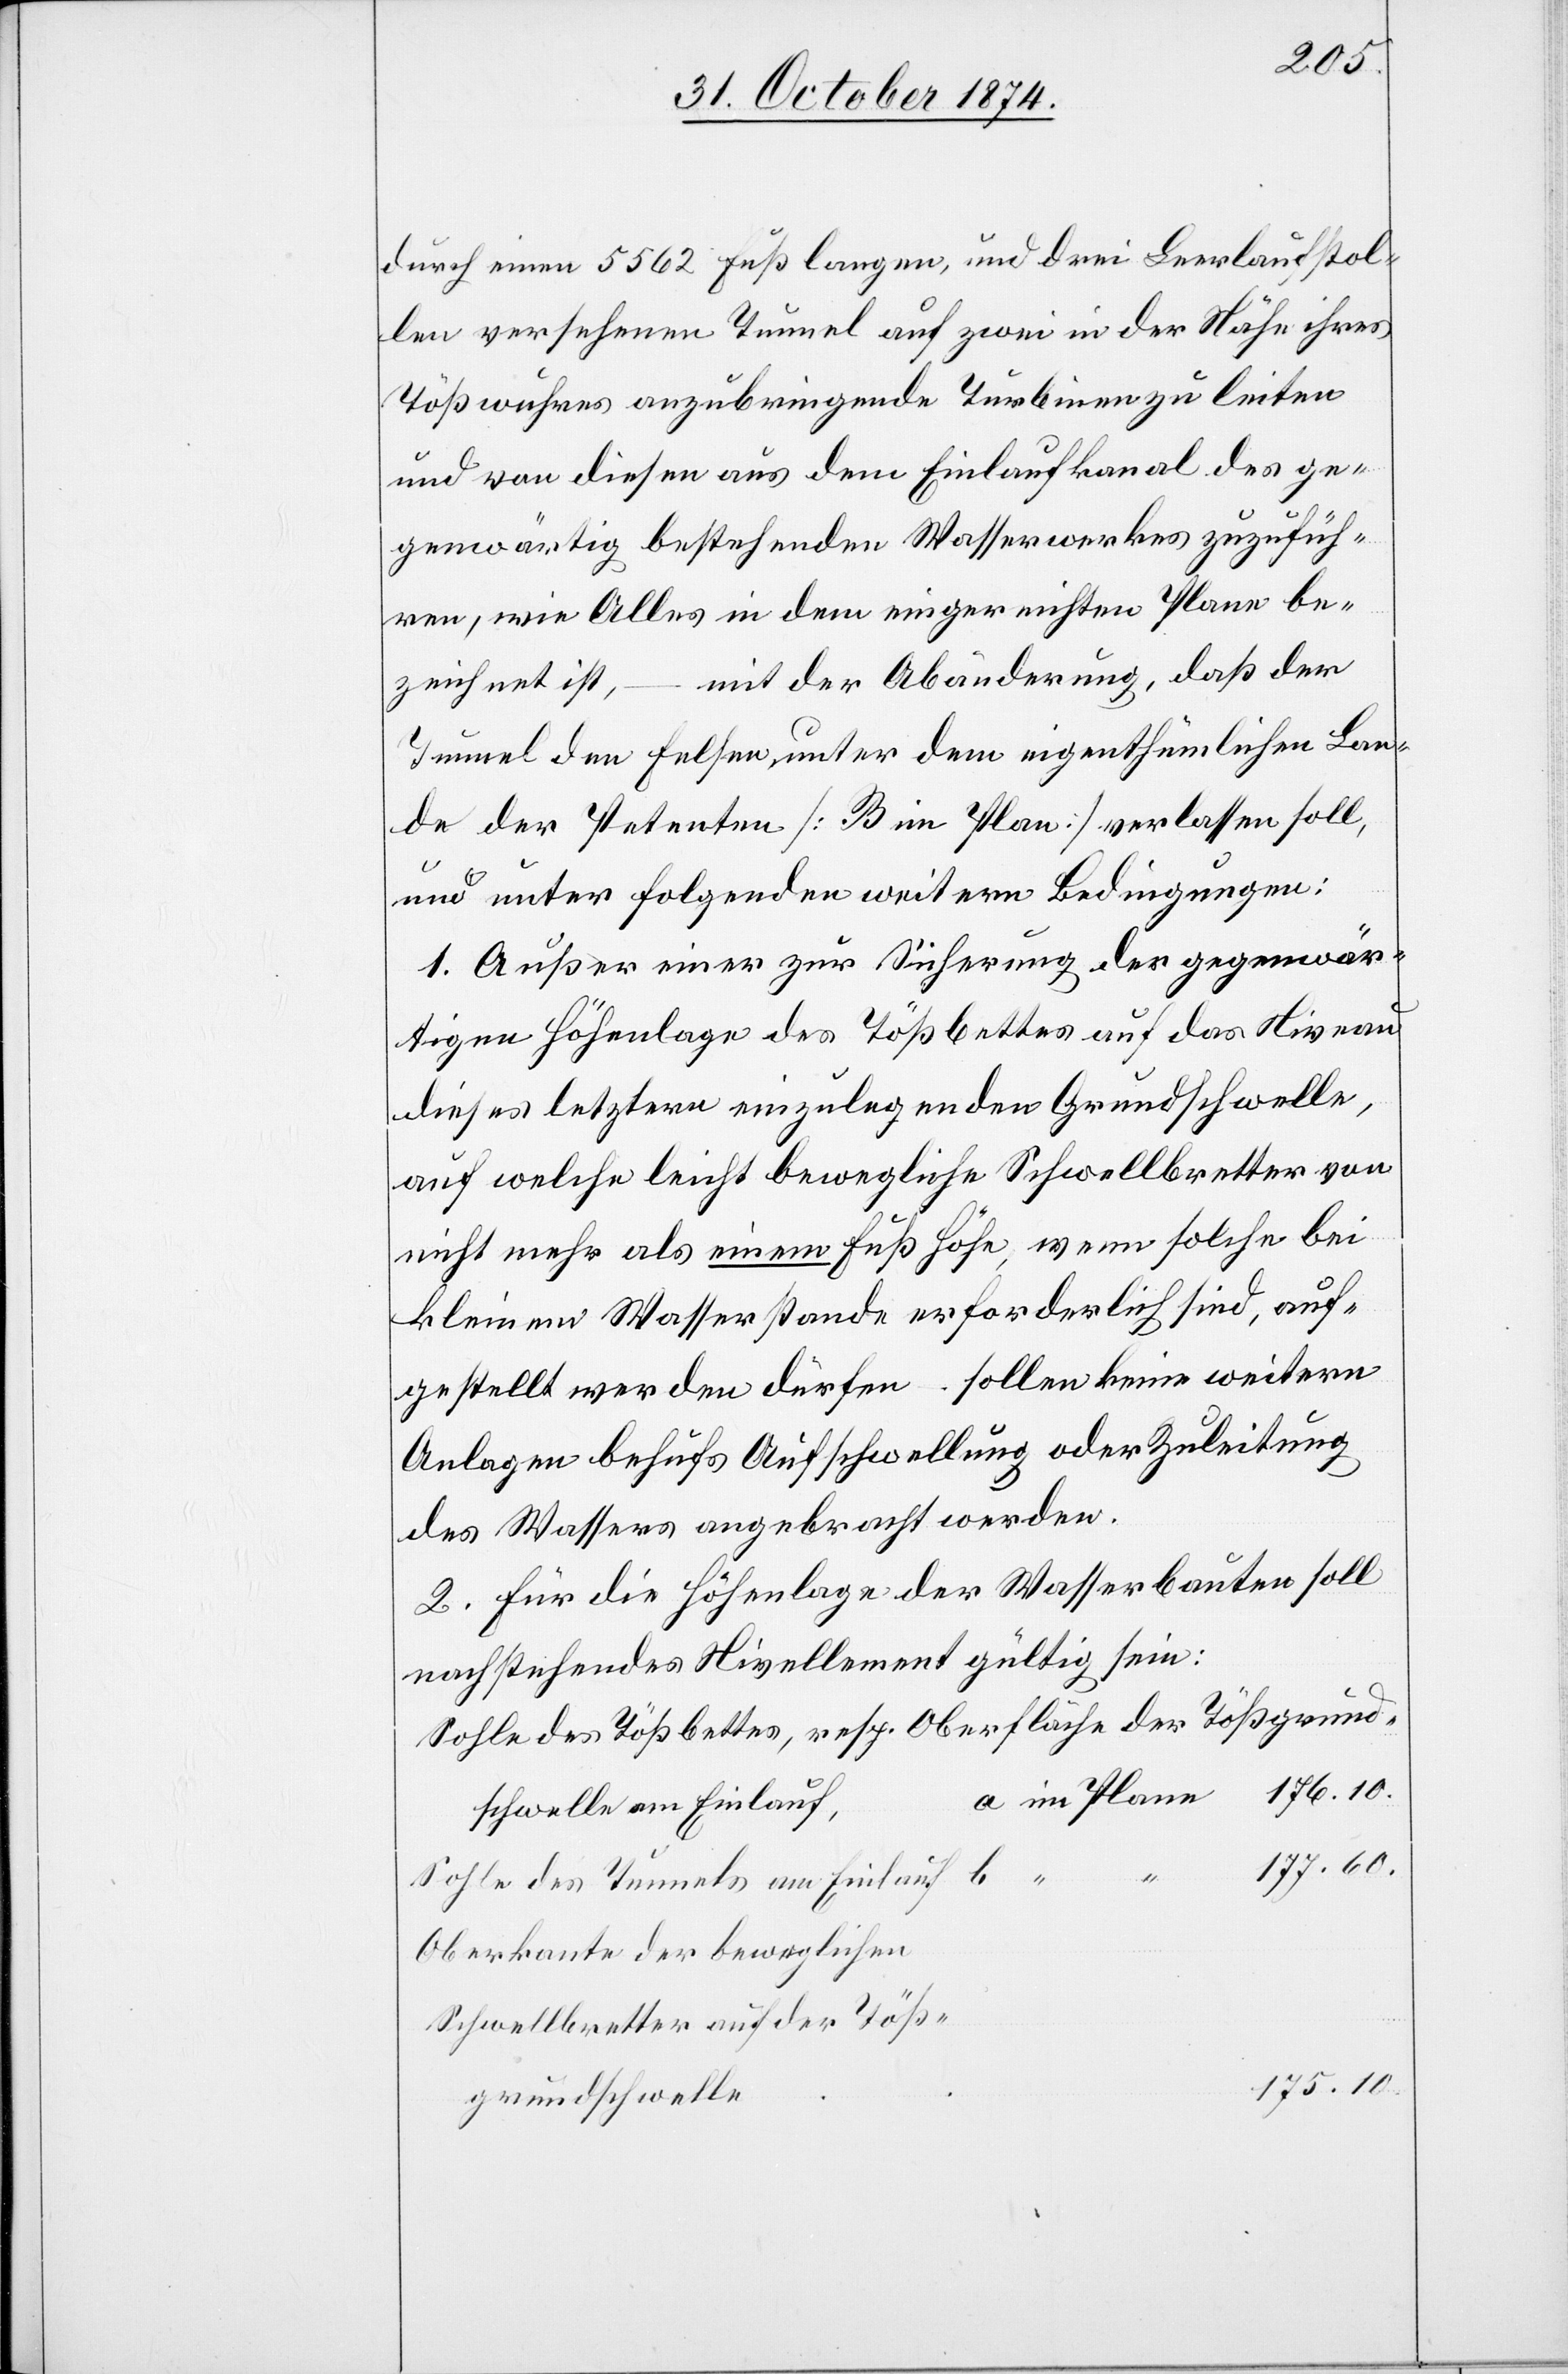
durch einen 5562 Fuß langen, und drei Leerlaufstol¬
len versehenen Tunnel auf zwei in der Nähe ihres
Tößwuhres anzubringende Turbinen zu leiten
und von diesen aus dem Einlaufkanal des ge¬
genwärtig bestehenden Wasserwerkes zuzufüh¬
ren, wie Alles in dem eingereichten Plane be¬
zeichnet ist, – mit der Abänderung, daß der
Tunnel den Felsen unter dem eigenthümlichen Lan¬
de der Petenten [B im Plan] verlassen soll,
und unter folgenden weitern Bedingungen:
1. Außer einer zur Sicherung der gegenwär¬
tigen Höhenlage des Tößbettes auf das Niveau
dieses letztern einzulegenden Grundschwelle,
auf welche leicht bewegliche Schwellbretter von
nicht mehr als einem Fuß Höhe, wenn solche bei
kleinem Wasserstande erforderlich sind, auf¬
gestellt werden dürfen – sollen keine weitern
des Wassers angebracht werden.
2. Für die Höhenlage der Wasserbauten solle
nachstehendes Nivellement gültig sein:
Sohle des Tößbettes, resp Oberfläche der Tößgrund¬
schwelle am Einlauf,
Sohle des Tunnels am Einlauf
Oberkante der beweglichen
Schwellbretter auf der Töß¬
175.10.
grundschwelle